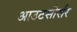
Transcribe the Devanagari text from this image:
आउटसोर्सर